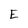
Character: E